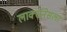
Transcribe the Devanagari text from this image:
लाक्सनेसला